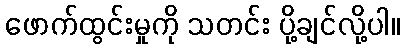
ဖောက်ထွင်းမှုကို သတင်း ပို့ချင်လို့ပါ။